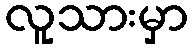
လူသားမှာ